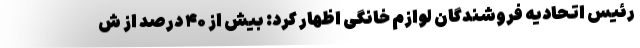
رئیس اتحادیه فروشندگان لوازم خانگی اظهار کرد: بیش از ۴۰ درصد از ش